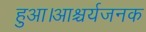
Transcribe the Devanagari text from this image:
हुआ।आश्चर्यजनक